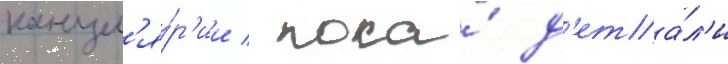
канцел'я́р'ии / пока́ д'ета́л'и